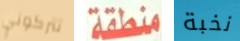
تتركوني منطقة نخبة